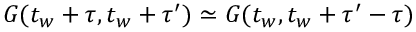
G ( t _ { w } + \tau , t _ { w } + \tau ^ { \prime } ) \simeq G ( t _ { w } , t _ { w } + \tau ^ { \prime } - \tau )